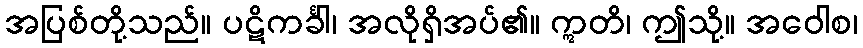
အပြစ်တို့သည်။ ပဋိကင်္ခါ၊ အလိုရှိအပ်၏။ ဣတိ၊ ဤသို့။ အဝေါစ၊